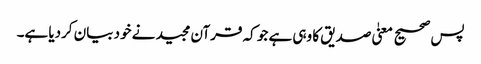
پس صحیح معنیٰ صدیق کا وہی ہے جو کہ قرآن مجید نے خود بیان کردیا ہے۔